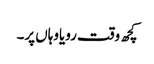
کچھ وقت رویاوہاں پر۔